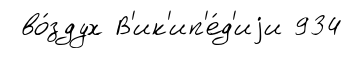
во́здух В'ик'ип'е́д'иjи 934